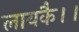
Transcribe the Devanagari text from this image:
लायकै।।